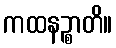
ကထနဉ္စာတိ။